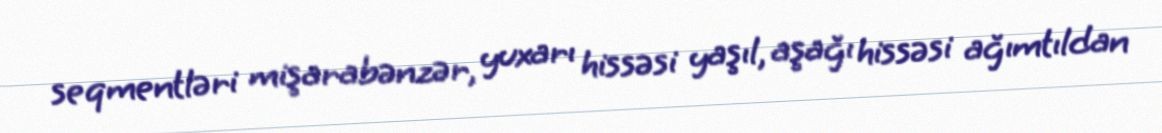
seqmentləri mişarabənzər, yuxarı hissəsi yaşıl, aşağı hissəsi ağımtıldan